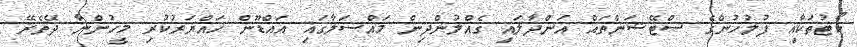
ކޯޓުތަކާއި ފުލުހުންގެ ސްޓޭޝަންތައް އަންދާލައި ގެއްލުންދިން މައްސަލާގައި އައްޑޫން ހައްޔަރުކުރި މީހުންނާ ދޭތެރޭ